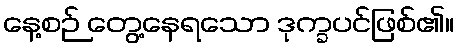
နေ့စဉ် တွေ့နေရသော ဒုက္ခပင်ဖြစ်၏။